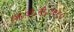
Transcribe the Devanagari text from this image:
ऍन॰जी॰सी॰१९९०